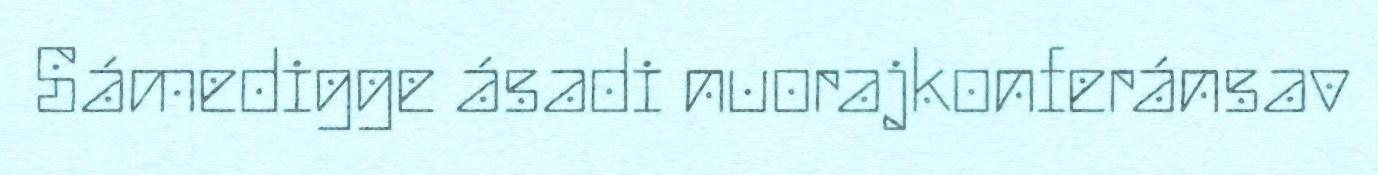
Sámedigge ásadi nuorajkonferánsav